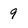
Character: 9